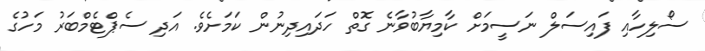
ސޯލިހާއި ފައިސަލް ނަސީމަށް ކާމިޔާބުވާނެ ގޮތް ހަދައިދިނުން ކަމަށެވެ. އަދި ސެޕްޓެމްބަރު މަހުގެ